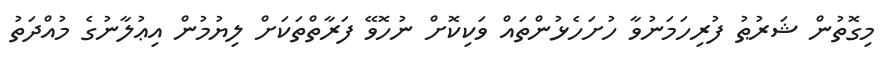
މިގޮތުން ޝަރުޠު ފުރިހަމަނުވާ ހުށަހެޅުންތައް ވަކިކޮށް ނުހޮވޭ ފަރާތްތަކަށް ލިޔުމުން އިޢުލާނުގެ މުއްދަތު